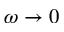
\omega \to 0